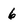
Character: 6